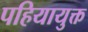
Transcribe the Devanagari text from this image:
पहियायुक्त